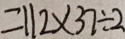
= 1 1 2 \times 3 7 \div 2